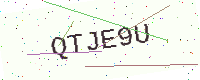
Text: QTJE9U